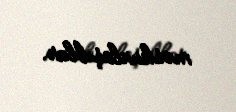
məskunlaşıblar.